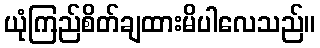
ယုံကြည်စိတ်ချထားမိပါလေသည်။